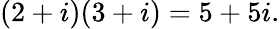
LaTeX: (2+i)(3+i)=5+5i.